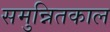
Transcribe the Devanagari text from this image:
समुन्नितकाल